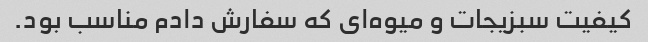
کیفیت سبزیجات و میوه‌ای که سفارش دادم مناسب بود.